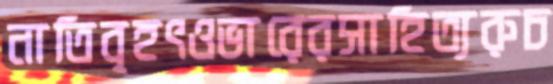
নাতিবৃহৎওভারেরসাহিত্যরুচ